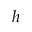
h